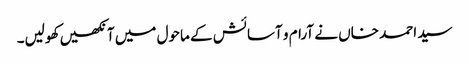
سید احمد خاں نے آرام و آسائش کے ماحول میں آنکھیں کھولیں۔